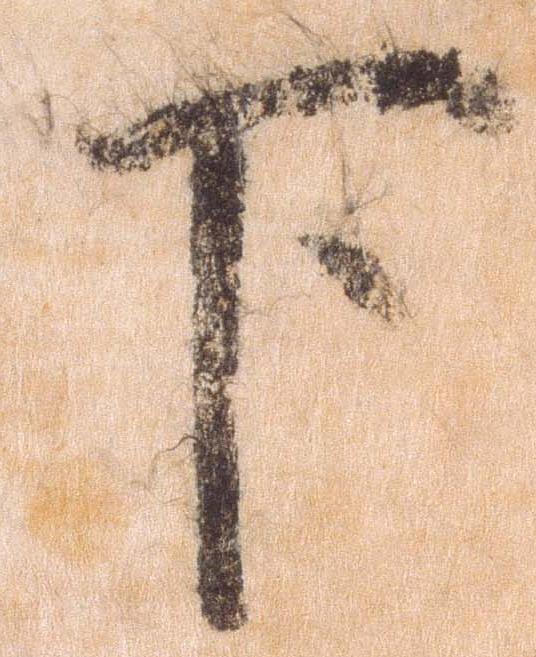
下